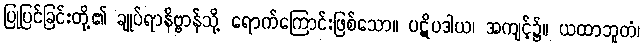
ပြုပြင်ခြင်းတို့၏ ချုပ်ရာနိဗ္ဗာန်သို့ ရောက်ကြောင်းဖြစ်သော။ ပဋိပဒါယ၊ အကျင့်၌။ ယထာဘူတံ၊